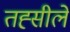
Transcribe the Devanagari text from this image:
तह्सीले